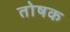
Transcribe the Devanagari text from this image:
तोषक